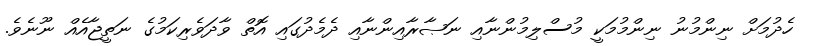
ހެދުމަށް ނިންމުނު ނިންމުމަކީ މުސްލިމުންނާއި ނަޞާރާއިންނާއި ދެމެދުގައި އޮތް ވާދަވެރިކަމުގެ ނަތީޖާއެއް ނޫނެވެ.